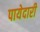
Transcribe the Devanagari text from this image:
पायेदारी